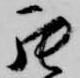
罷